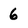
Character: 6